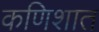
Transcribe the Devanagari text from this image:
कणिशात